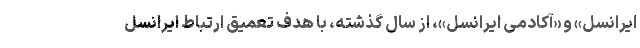
ایرانسل» و «آکادمی ایرانسل»، از سال گذشته، با هدف تعمیق ارتباط ایرانسل